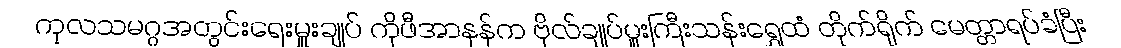
ကုလသမဂ္ဂအတွင်းရေးမှူးချုပ် ကိုဖီအာနန်က ဗိုလ်ချုပ်မှူးကြီးသန်းရွှေထံ တိုက်ရိုက် မေတ္တာရပ်ခံပြီး